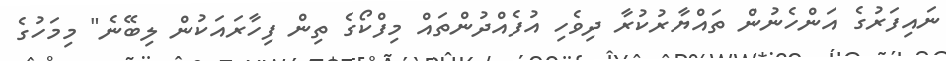
ނައިފަރުގެ އަންހެނުން ތައްޔާރުކުރާ ދިވެހި އުފެއްދުންތައް މިފްކޯގެ ތިން ފިހާރައަކުން ލިބޭނެ" މިމަހުގެ